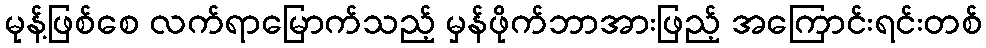
မုန့်ဖြစ်စေ လက်ရာမြောက်သည့် မှန်ဖိုက်ဘာအားဖြည့် အကြောင်းရင်းတစ်